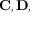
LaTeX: \mathbf { C } , \mathbf { D } ,